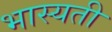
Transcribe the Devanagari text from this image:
भास्यती